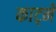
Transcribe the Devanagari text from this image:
काट्ने